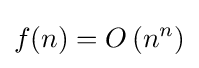
f(n)=O\left(n^{n}\right)